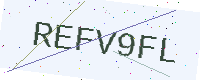
Text: REFV9FL